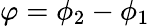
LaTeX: \varphi=\phi_{2}-\phi_{1}